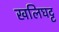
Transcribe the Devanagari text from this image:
खलिघट्ट